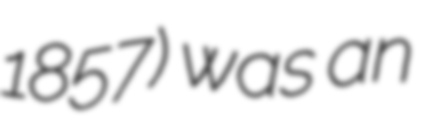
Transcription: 1857) was an